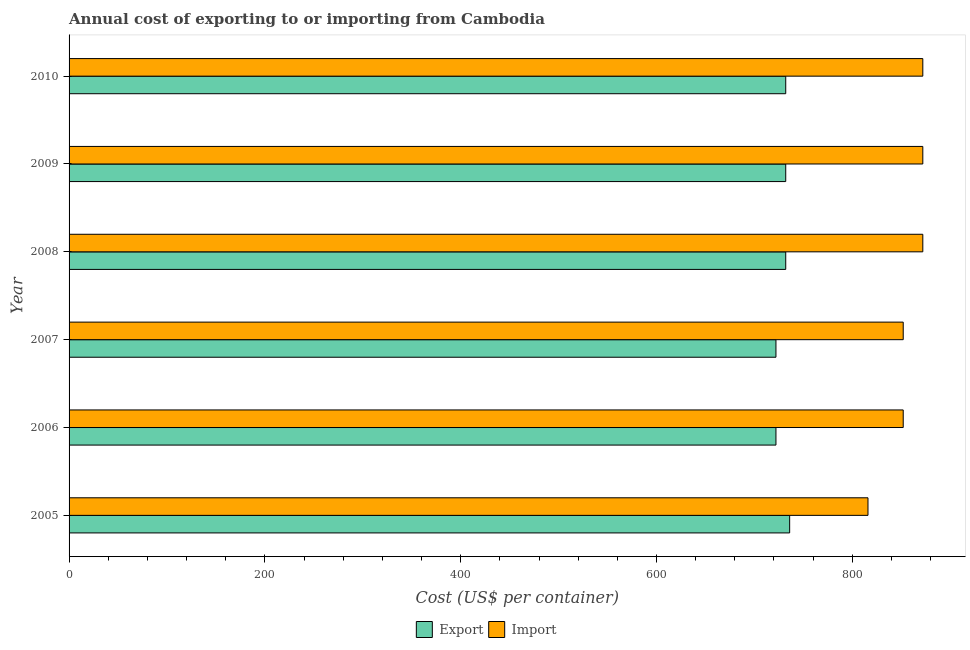
| Year | Export | Import |
 | --- | --- | --- |
 | 2005 | 736 | 816 |
 | 2006 | 722 | 852 |
 | 2007 | 722 | 852 |
 | 2008 | 732 | 872 |
 | 2009 | 732 | 872 |
 | 2010 | 732 | 872 |